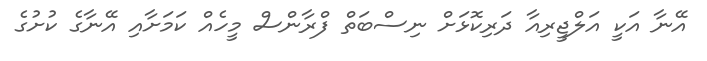
އޭނާ އަކީ އަލްޖީރިއާ ދަރިކޮޅަށް ނިސްބަތް ފްރާންސް މީހެއް ކަމަށާއި އޭނާގެ ކުށުގެ